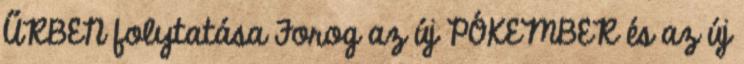
ŰRBEN folytatása Forog az új PÓKEMBER és az új